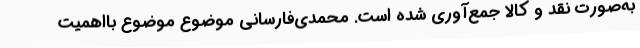
به‌صورت نقد و کالا جمع‌آوری شده است. محمدی‌فارسانی موضوع موضوع بااهمیت